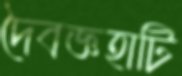
দৈবজ্ঞহাটি